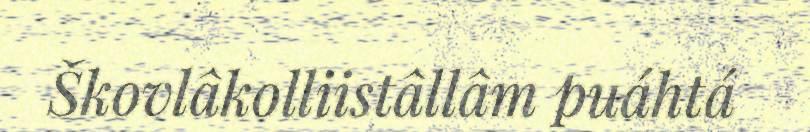
Škovlâkolliistâllâm puáhtá